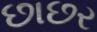
છાછર